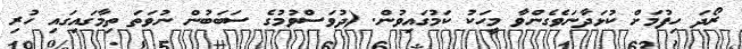
ރޯދަ ހިފުމަށް ކުޅަދާނަވެގެންވާ މީހަކު ކަމުގައިވުން. (ދުވަސްވުމުގެ ސަބަބުން ނުވަތަ ތިމާގައިގައި ހުރި